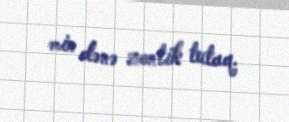
min dənə zontik tutaq.